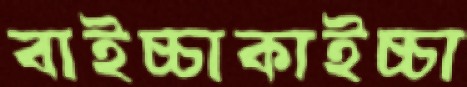
বাইচ্চাকাইচ্চা